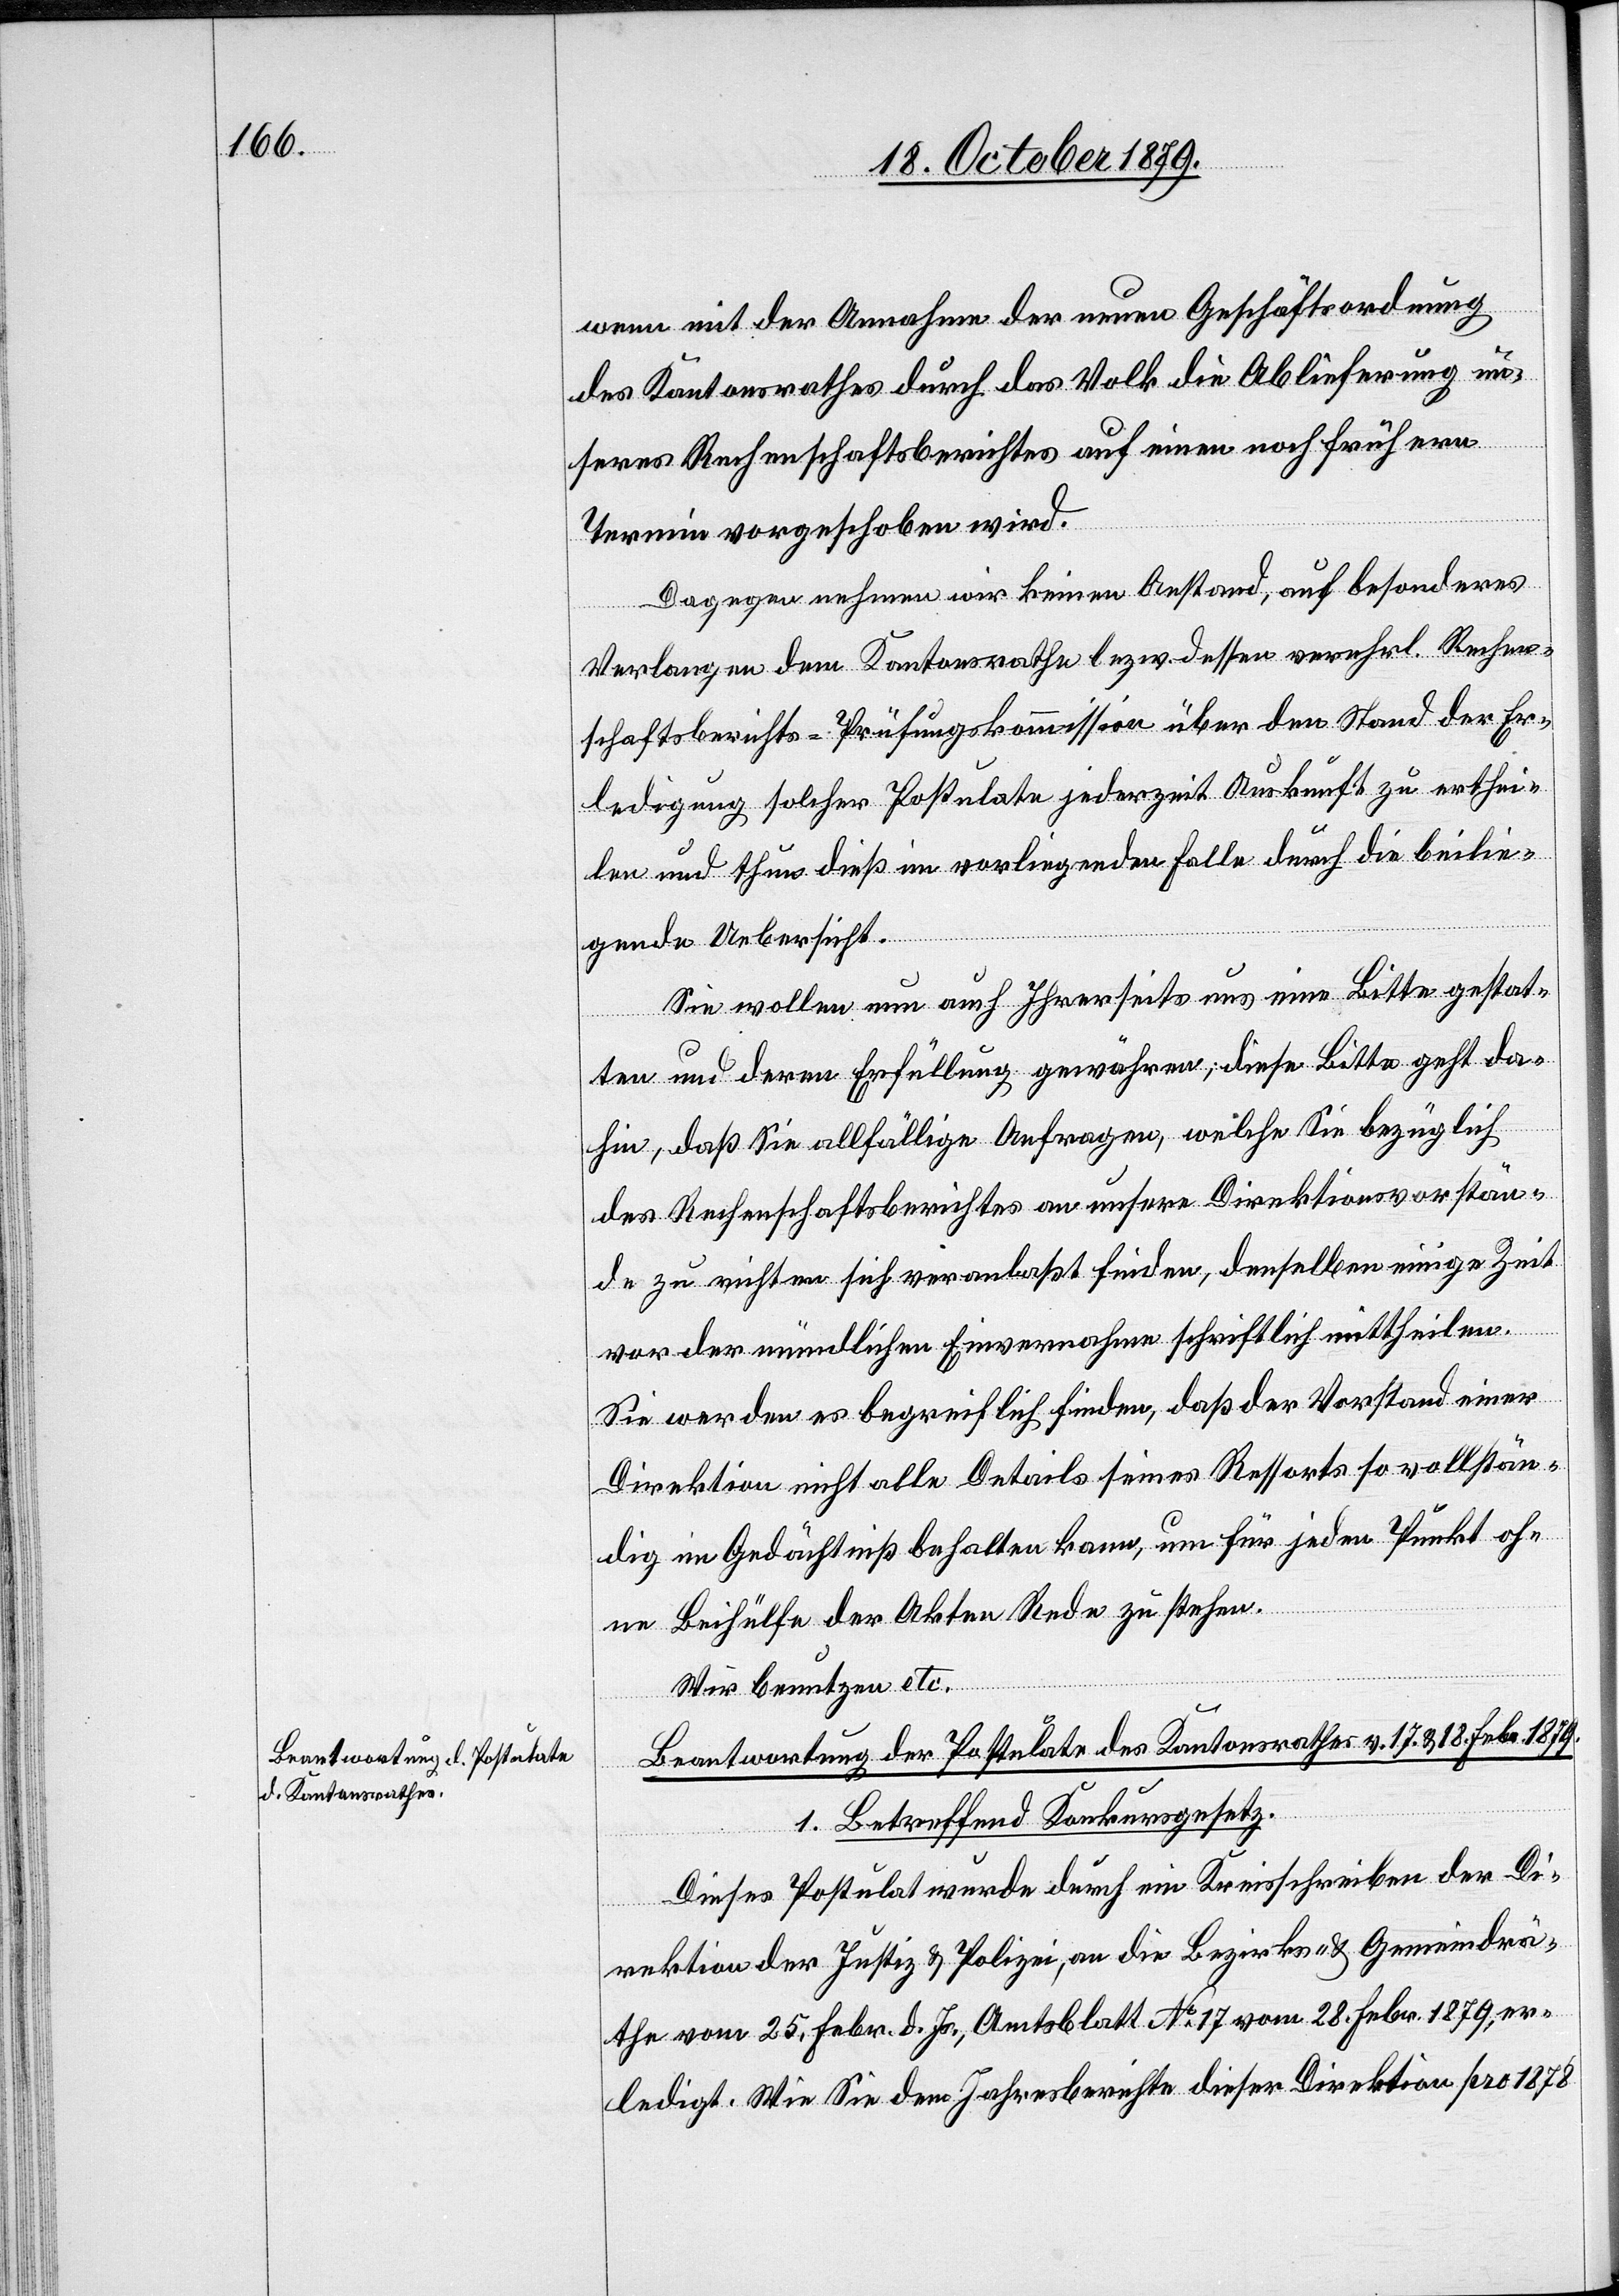
wenn mit der Annahme der neuen Geschäftsordnung
des Kantonsrathes durch das Volk die Ablieferung un¬
seres Rechenschaftsberichtes auf einen noch früheren
Termin vorgeschoben wird.
Dagegen nehmen wir keinen Anstand, auf besonderes
Verlangen dem Kantonsrathe bezw. dessen verehrl. Rechen¬
schaftsberichts-Prüfungskommission über den Stand der Er¬
ledigung solcher Postulate jederzeit Auskunft zu erthei¬
len und thun dieß im vorliegenden Falle durch die beilie¬
gende Uebersicht.
Sie wollen nun auch Ihrerseits uns eine Bitte gestat¬
ten und deren Erfüllung gewähren, diese Bitte geht da¬
hin, daß Sie allfällige Anfragen, welche Sie bezüglich
des Rechenschaftsberichtes an unsere Direktionsvorstän¬
de zu richten sich veranlaßt finden, denselben einige Zeit
vor der mündlichen Einvernahme schriftlich mittheilen.
Sie werden es begreiflich finden, daß der Vorstand einer
Direktion nicht alle Details seines Ressorts so vollstän¬
dig im Gedächtniß behalten kann, um für jeden Punkt oh¬
ne Beihülfe der Akten Rede zu stehen.
Wir benutzen etc.
Beantwortung der Postulate des Kantonsrathes v. 17. & 18. Febr. 1879
1. Betreffend Konkursgesetz.
Dieses Postulat wurde durch ein Kreisschreiben der Di¬
rektion der Justiz & Polizei, an die Bezirks- & Gemeindrä¬
the vom 25. Febr. d. Js., Amtsblatt No 17 vom 28. Febr. 1879, er¬
ledigt. Wie Sie dem Jahresberichte dieser Direktion pro 1878